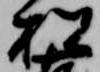
松